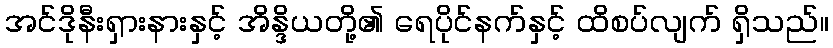
အင်ဒိုနီးရှားနားနှင့် အိန္ဒိယတို့၏ ရေပိုင်နက်နှင့် ထိစပ်လျက် ရှိသည်။